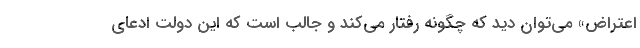
اعتراض» می‌توان دید که چگونه رفتار می‌کند و جالب است که این دولت ادعای